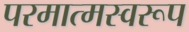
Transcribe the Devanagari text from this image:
परमात्मस्वरूप